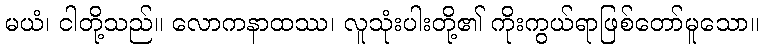
မယံ၊ ငါတို့သည်။ လောကနာထဿ၊ လူသုံးပါးတို့၏ ကိုးကွယ်ရာဖြစ်တော်မူသော။